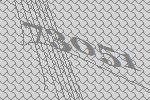
73051